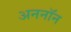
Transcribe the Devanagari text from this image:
अननाॅन